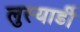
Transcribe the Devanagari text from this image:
लुस्यार्डी